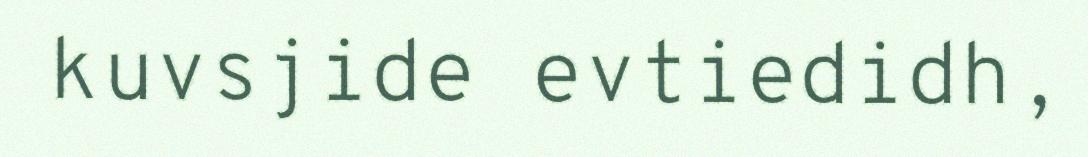
kuvsjide evtiedidh,